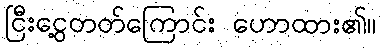
ငြီးငွေ့တတ်ကြောင်း ဟောထား၏။